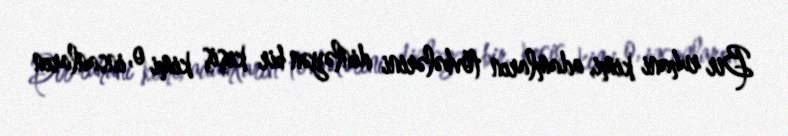
Bir ruhani kimi, adamların tövbələrini dinləyən bir keşiş kimi o, insanların